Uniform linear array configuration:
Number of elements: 48
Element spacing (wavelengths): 0.5
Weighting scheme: hann
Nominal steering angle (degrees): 45
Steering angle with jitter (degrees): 43.922
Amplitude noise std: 0.05
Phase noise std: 0.05

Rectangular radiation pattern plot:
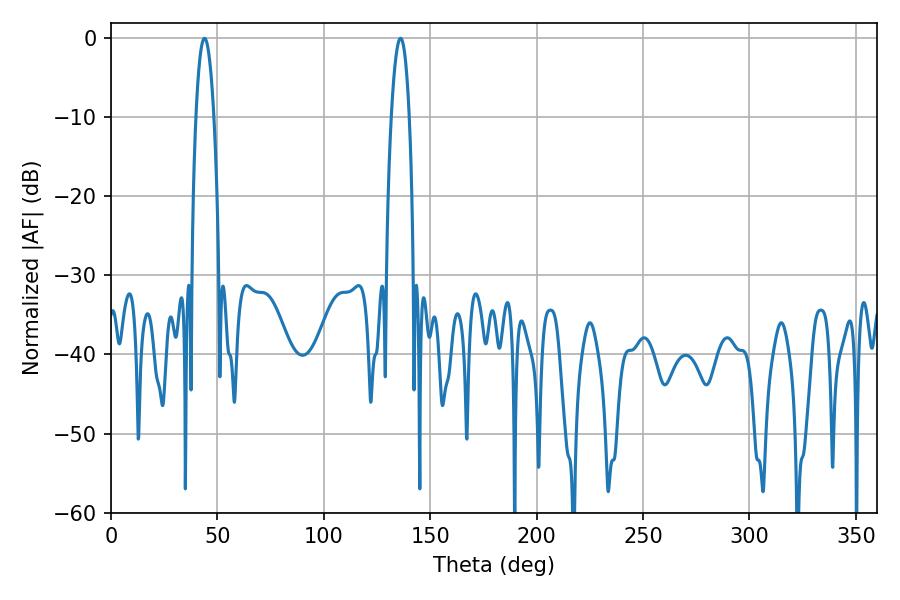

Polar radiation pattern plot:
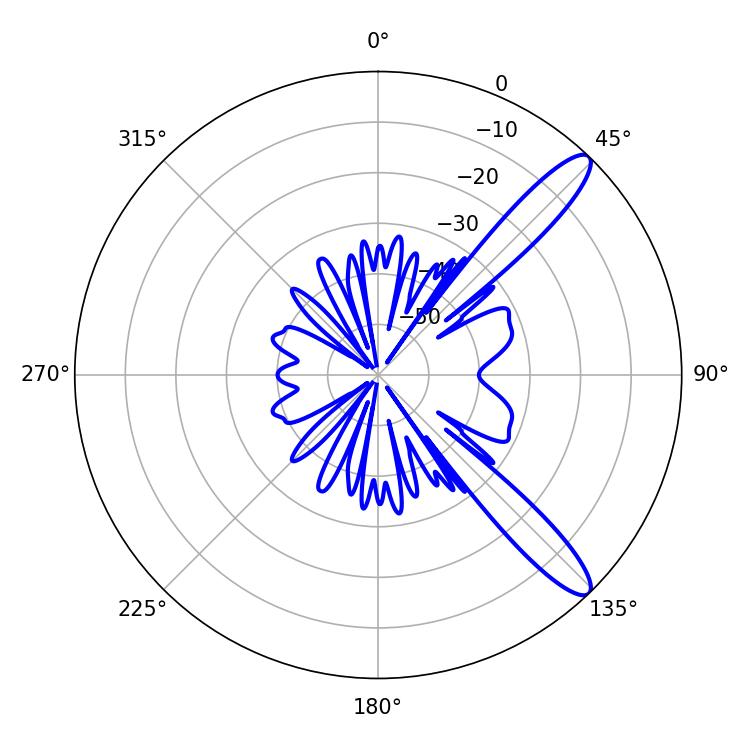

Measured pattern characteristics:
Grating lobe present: FALSE
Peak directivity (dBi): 12.117
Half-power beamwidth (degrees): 4.68
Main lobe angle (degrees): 43.92